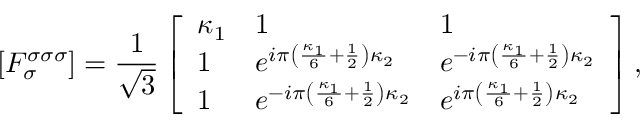
\left[ F _ { \sigma } ^ { \sigma \sigma \sigma } \right] = \frac { 1 } { \sqrt { 3 } } \left[ \begin{array} { l l l } { \kappa _ { 1 } } & { 1 } & { 1 } \\ { 1 } & { e ^ { i \pi \left( \frac { \kappa _ { 1 } } { 6 } + \frac { 1 } { 2 } \right) \kappa _ { 2 } } } & { e ^ { - i \pi \left( \frac { \kappa _ { 1 } } { 6 } + \frac { 1 } { 2 } \right) \kappa _ { 2 } } } \\ { 1 } & { e ^ { - i \pi \left( \frac { \kappa _ { 1 } } { 6 } + \frac { 1 } { 2 } \right) \kappa _ { 2 } } } & { e ^ { i \pi \left( \frac { \kappa _ { 1 } } { 6 } + \frac { 1 } { 2 } \right) \kappa _ { 2 } } } \end{array} \right] ,